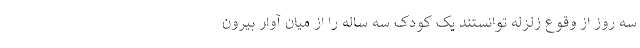
سه روز از وقوع زلزله توانستند یک کودک سه ساله را از میان آوار بیرون